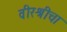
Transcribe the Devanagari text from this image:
वीरश्रीचा